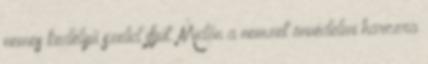
nemes kedélyű szelid ifjút. Midőn a nemzet önvédelmi harczra